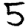
Digit: 5